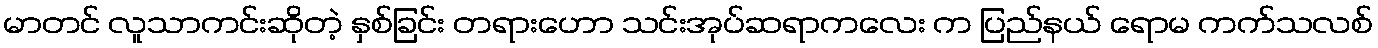
မာတင် လူသာကင်းဆိုတဲ့ နှစ်ခြင်း တရားဟော သင်းအုပ်ဆရာကလေး က ပြည်နယ် ရောမ ကက်သလစ်